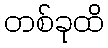
တစ်ခုထိ